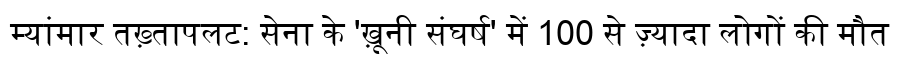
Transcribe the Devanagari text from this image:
म्यांमार तख़्तापलट: सेना के 'ख़ूनी संघर्ष' में 100 से ज़्यादा लोगों की मौत